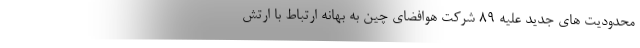
محدودیت های جدید علیه ۸۹ شرکت هوافضای چین به بهانه ارتباط با ارتش